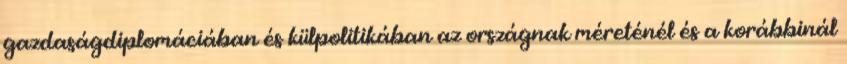
gazdaságdiplomáciában és külpolitikában az országnak méreténél és a korábbinál